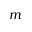
m